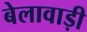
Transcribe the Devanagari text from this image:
बेलावाड़ी